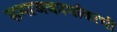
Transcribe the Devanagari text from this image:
समाजकार्यावरची